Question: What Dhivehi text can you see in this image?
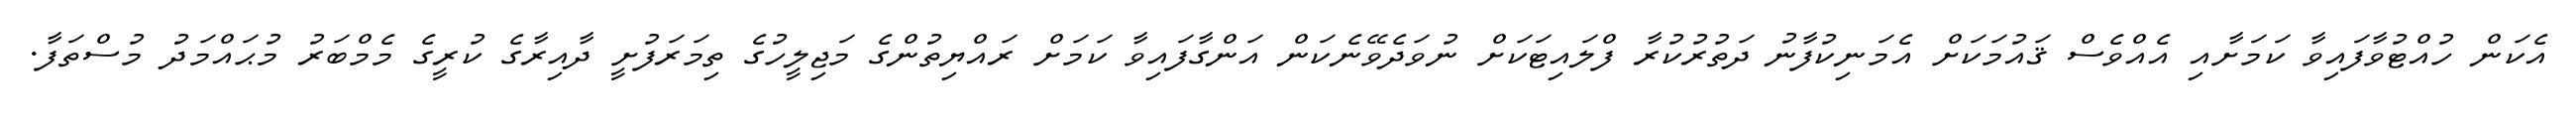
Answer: އެކަން ހުއްޓުވާފައިވާ ކަމަށާއި އެއްވެސް ޤައުމަކަށް އެމަނިކުފާނު ދަތުރުކުރާ ފްލައިޓަކަށް ނުވަދެވޭނެކަން އަންގާފައިވާ ކަމަށް ރައްޔިތުންގެ މަޖިލީހުގެ ތިމަރަފުށީ ދާއިރާގެ ކުރީގެ މެމްބަރު މުޙައްމަދު މުސްތަފާ.